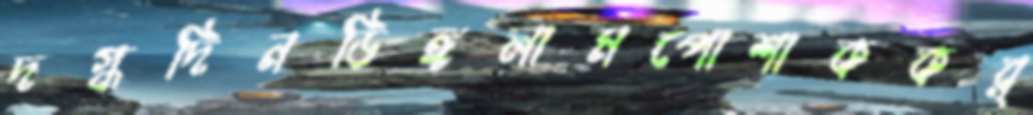
দগ্ধদিনডিঙ্গলামপোশাককর্